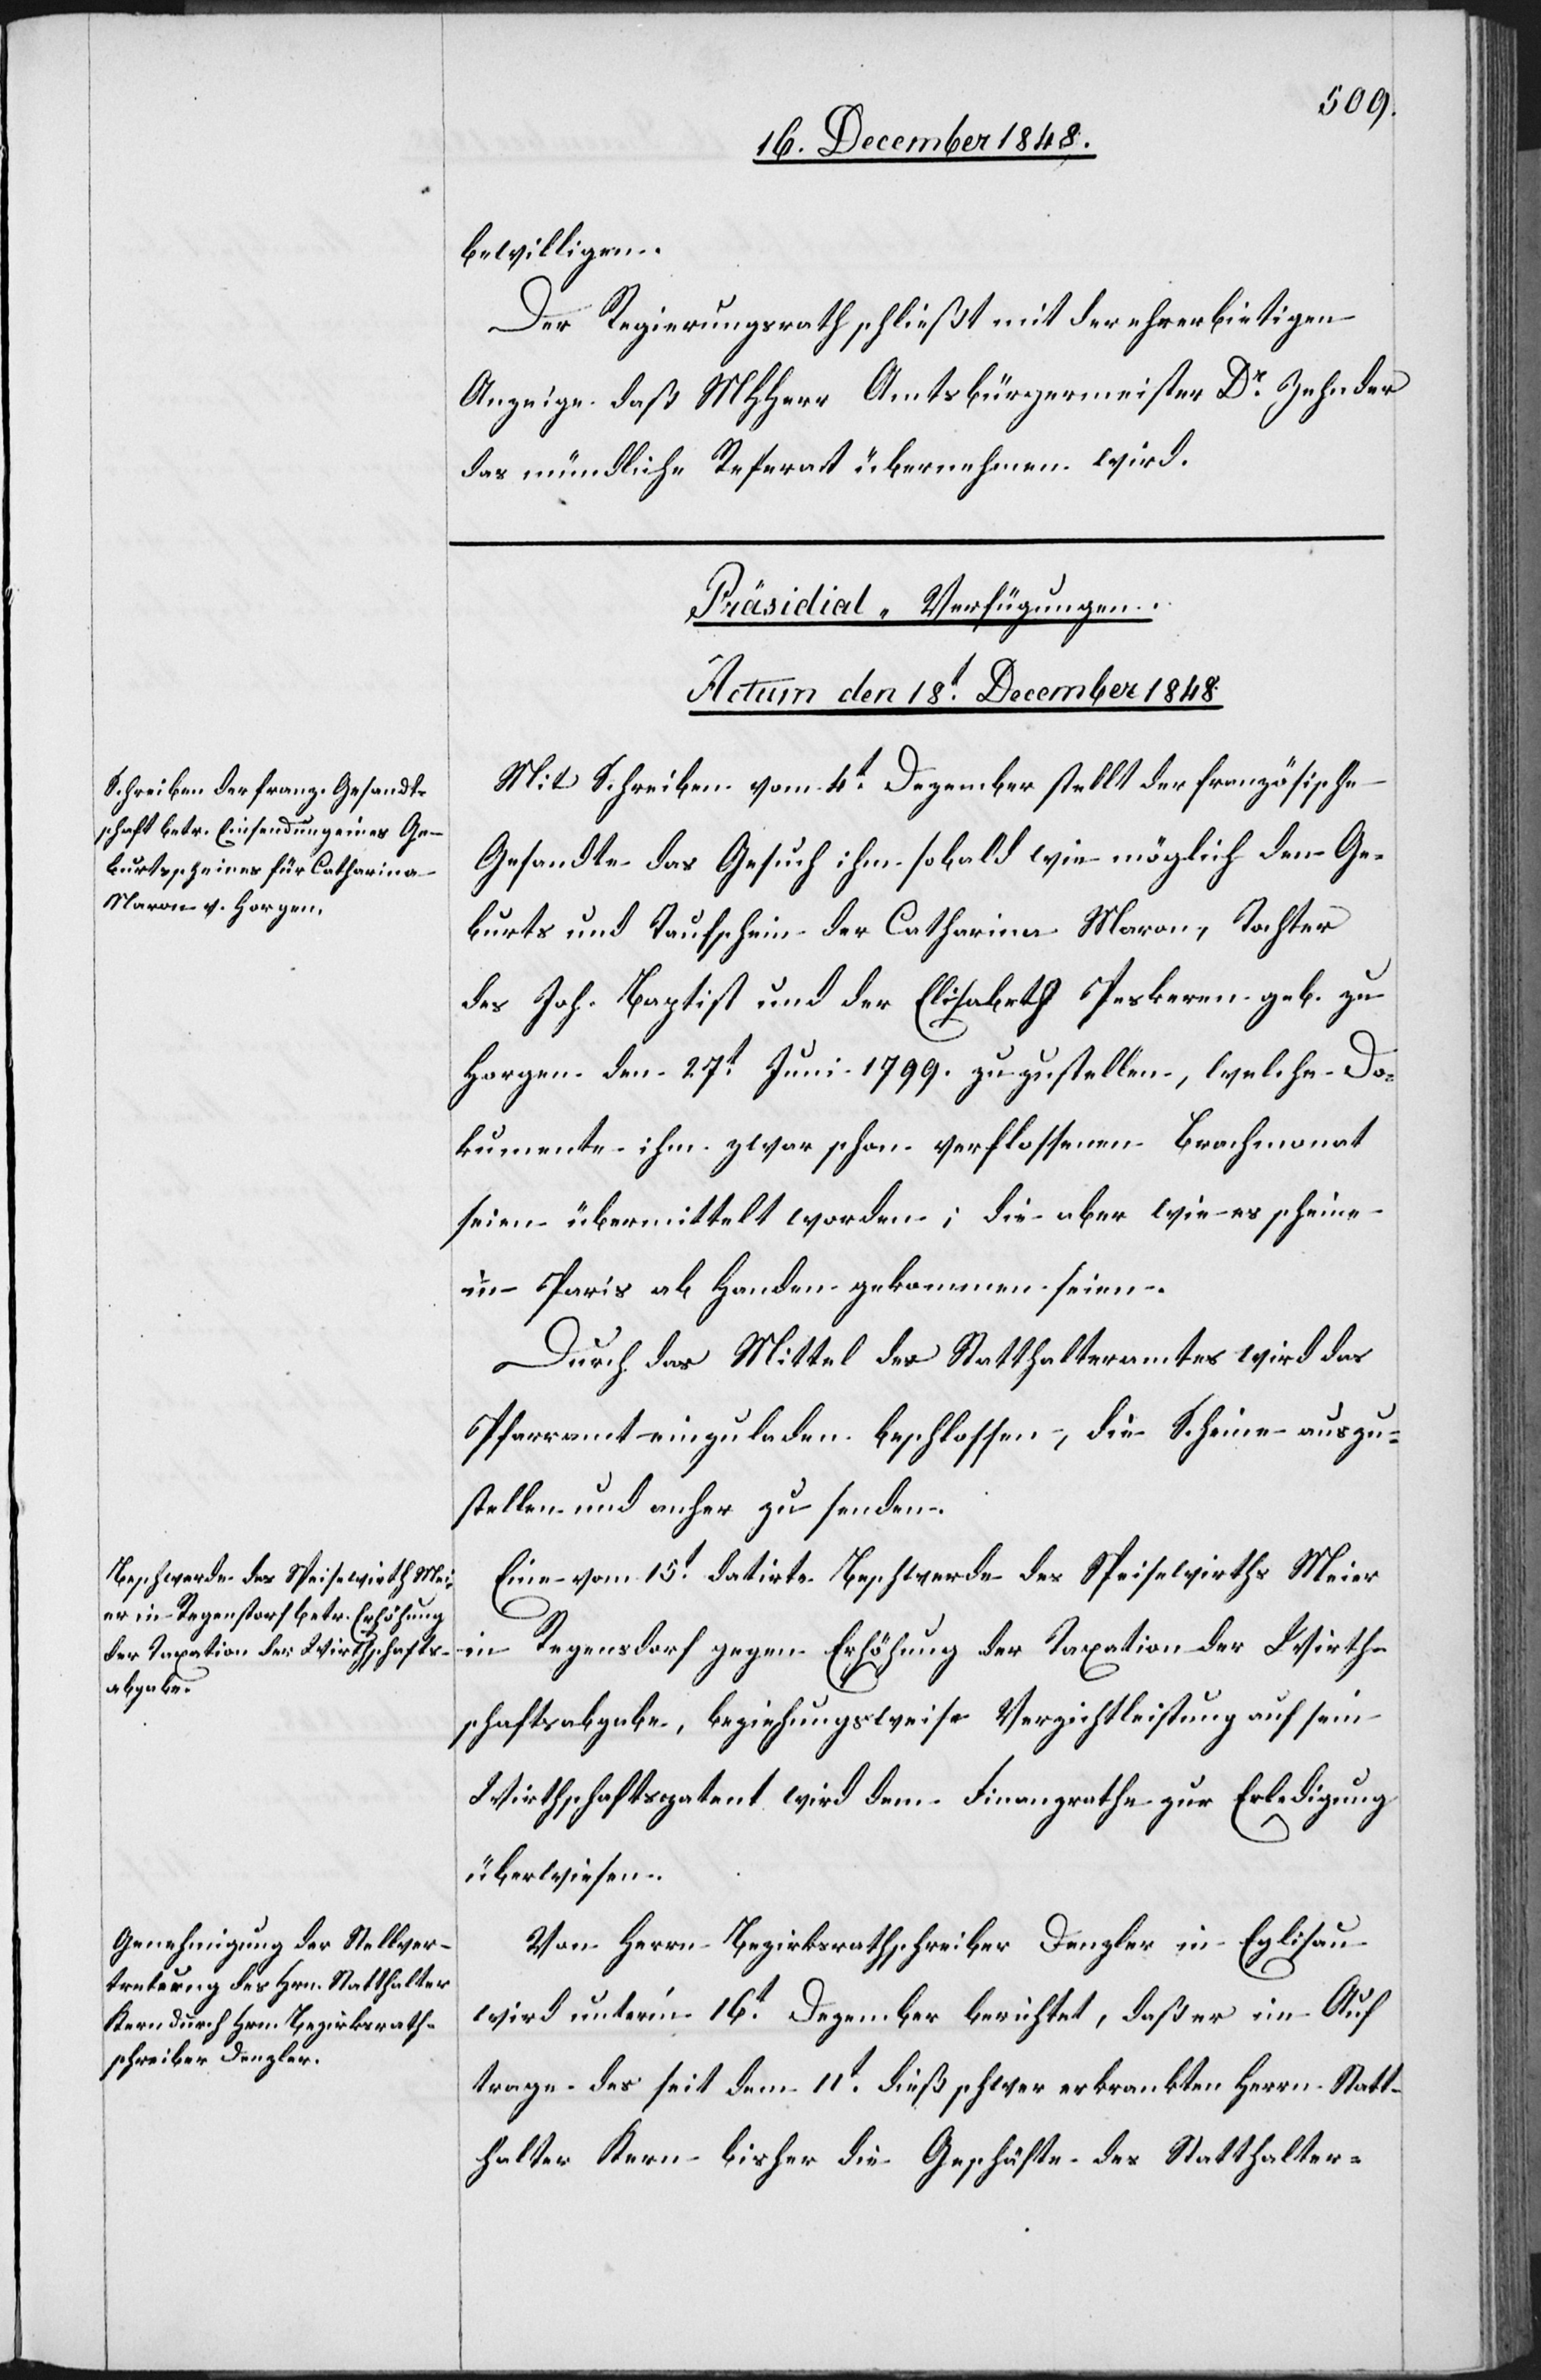
bewilligen.
Der Regierungsrath schließt mit der ehrerbietigen
Anzeige daß MHHerr Amtsbürgermeister Dr Zehnder
das mündliche Referat übernehmen wird.
[Präsidial-Verfügungen.
Actum den 18t December 1848.]
Mit Schreiben vom 4t Dezember stellt der französische
Gesandte das Gesuch ihm sobald wie möglich den Ge¬
burts[-] und Taufschein der Catharina Maron, Tochter
des Joh. Baptist und der Elisabeth Peskeren geb. zu
Horgen den 27t Juni 1799. zuzustellen, welche Do¬
kumente ihm zwar schon verflossenen Brachmonat
seien übermittelt worden; die aber wie es scheine
in Paris ab Handen gekommen seien.
Durch das Mittel des Statthalteramtes wird das
Pfarramt einzuladen beschlossen, die Scheine auszu¬
stellen und anher zu senden.
Eine vom 15t datirte Beschwerde des Speisewirths Meier
in Regensdorf gegen Erhöhung der Taxation der Wirth¬
schaftsabgabe, beziehungsweise Verzichtleistung auf sein
Wirthschaftspatent wird dem Finanzrathe zur Erledigung
überwiesen.
Von Herrn Bezirksrathschreiber Denzler in Eglisau
wird unter’m 16t Dezember berichtet, daß er im Auf¬
trage des seit dem 11t dieß schwer erkrankten Herrn Statt¬
halter Kern bisher die Geschäfte des Statthalter-